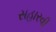
સહારવી